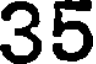
35